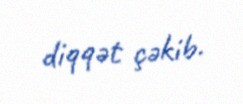
diqqət çəkib.